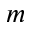
m